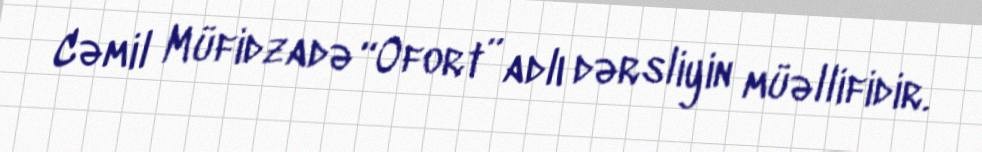
Cəmil Müfidzadə “Ofort” adlı dərsliyin müəllifidir.